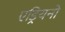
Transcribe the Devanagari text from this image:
एड्रियनो